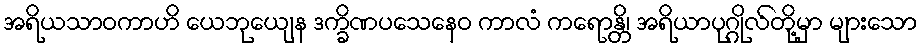
အရိယသာဝကာဟိ ယေဘုယျေန ဒက္ခိဏပသေနေဝ ကာလံ ကရောန္တိ၊ အရိယာပုဂ္ဂိုလ်တို့မှာ များသော